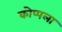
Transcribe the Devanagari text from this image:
कोप्पला